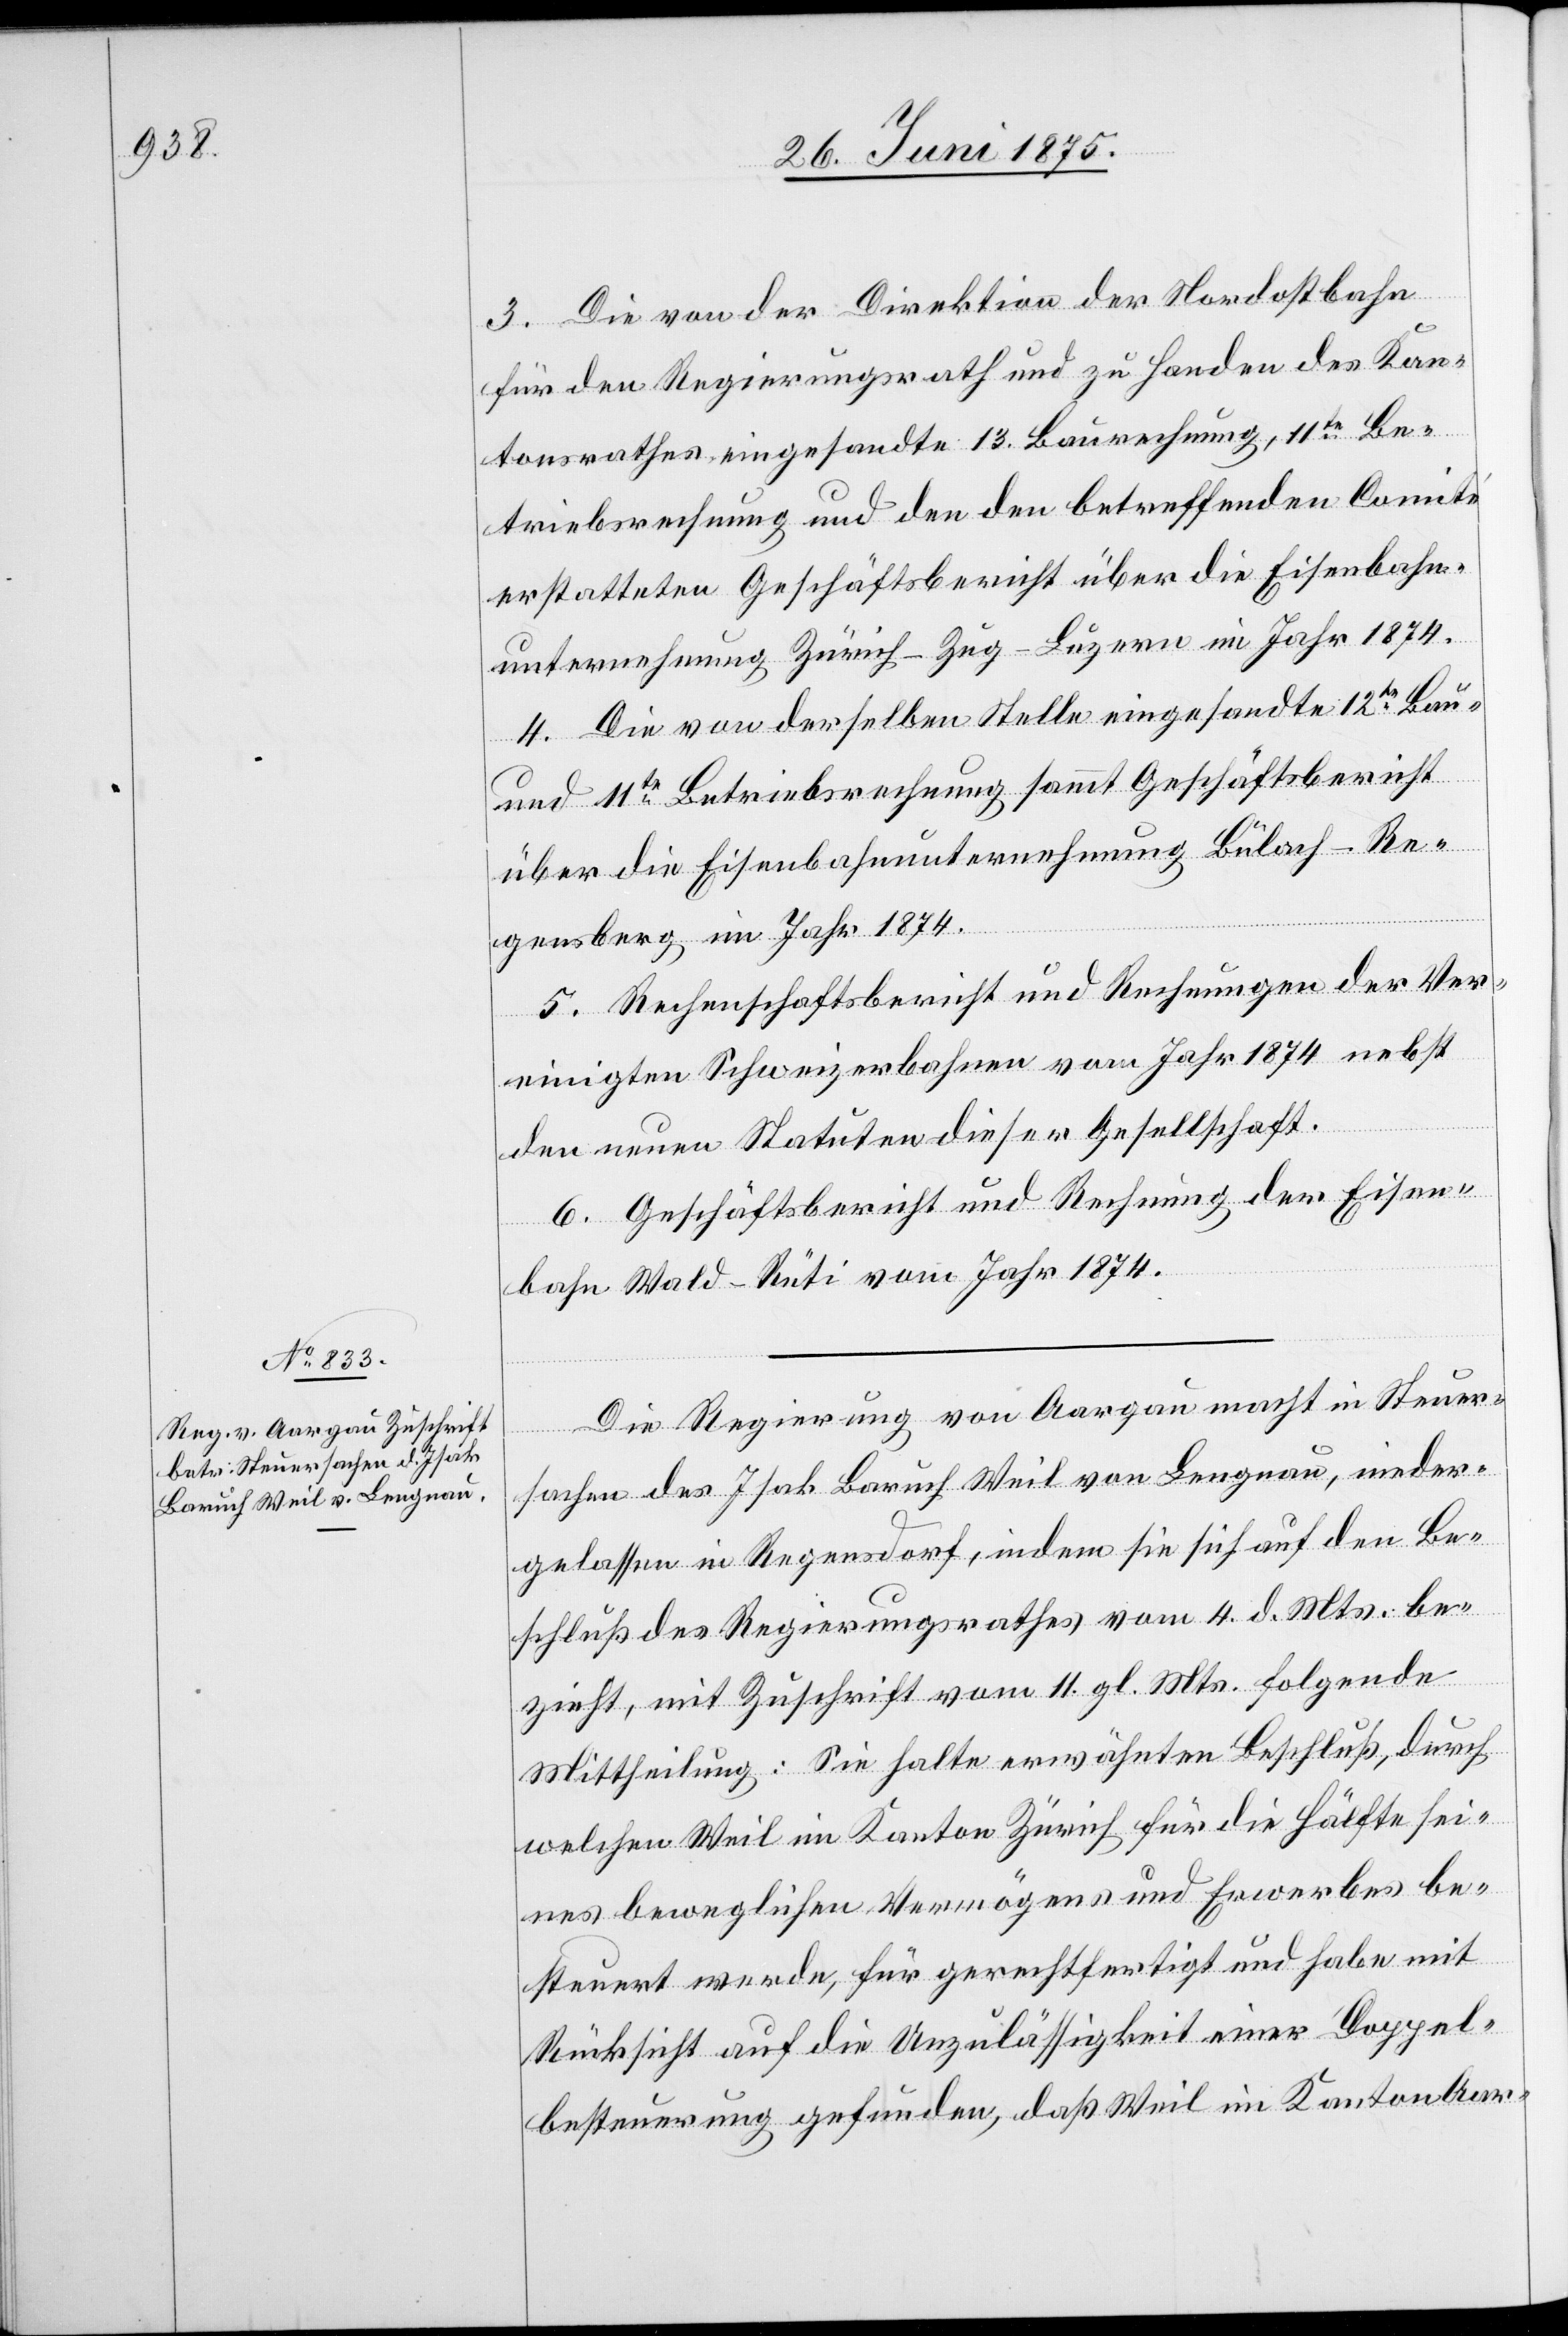
3. Die von der Direktion der Nordostbahn
für den Regierungsrath und zu Handen des Kan¬
tonsrathes eingesandte 13. Baurechnung, 11te Be¬
triebsrechnung und den den betreffenden Comité
erstatteten Geschäftsbericht über die Eisenbahn¬
unternehmung Zürich–Zug–Luzern im Jahr 1874.
4. Die von derselben Stelle eingesandte 12te Bau-
und 11te Betriebsrechnung sammt Geschäftsbericht
über die Eisenbahnunternehmung Bülach–Re¬
gensberg im Jahr 1874.
5. Rechenschaftsbericht und Rechnungen der Ver¬
einigten Schweizerbahnen vom Jahr 1874 nebst
den neuen Statuten dieser Gesellschaft.
6. Geschäftsbericht und Rechnung der Eisen¬
bahn Wald–Rüti vom Jahr 1874.
Die Regierung v. Aargau macht in Steuer¬
sachen des Isak Baruch Weil von Langnau, nieder¬
gelassen in Regensdorf, indem sie sich auf den Be¬
schluß des Regierungsrathes vom 4. d. Mts. be¬
zieht, mit Zuschrift vom 11. gl. Mts. folgende
Mittheilung: Sie halte erwähnten Beschluß, durch
welchen Weil im Kanton Zürich für die Hälfte sei¬
nes beweglichen Vermögens und Erwerbes be¬
steuert werde, für gerechtfertigt und habe mit
Rücksicht auf die Unzulässigkeit einer Doppel¬
besteuerung gefunden, daß Weil im Kanton Aar-